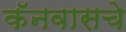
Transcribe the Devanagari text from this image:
कॅनवासचे